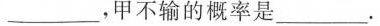
___，甲不输的概率是___.